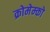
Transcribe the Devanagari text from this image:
क्रोमेम्को